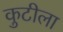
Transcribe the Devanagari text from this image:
कुटीला